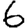
Digit: 6